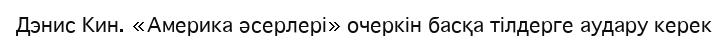
Дэнис Кин. «Америка әсерлері» очеркін басқа тілдерге аудару керек